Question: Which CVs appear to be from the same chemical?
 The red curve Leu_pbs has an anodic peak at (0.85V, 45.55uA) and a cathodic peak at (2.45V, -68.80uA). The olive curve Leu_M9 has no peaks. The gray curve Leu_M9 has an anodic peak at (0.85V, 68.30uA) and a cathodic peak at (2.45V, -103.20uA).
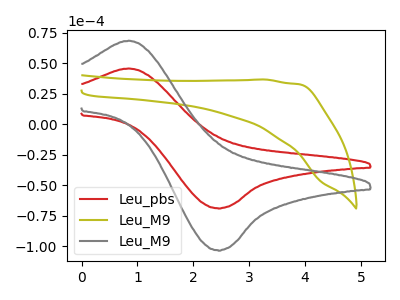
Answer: <think>"Leu_pbs" and "Leu_M9" have a different number of peaks. All the peaks in "Leu_pbs" have a peak in "Leu_M9" at the same potential. Every peak in "Leu_pbs" is lower than every peak in "Leu_M9". "Leu_M9" and "Leu_M9" have a different number of peaks.
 </think>
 <answer>"Leu_pbs" and "Leu_M9" have the same shape and are likely CV's of the same chemical.</answer>
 <eval>"Leu_pbs" "Leu_M9"</eval>